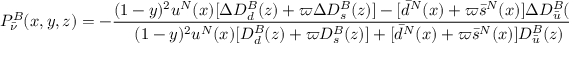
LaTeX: P _ { \bar { \nu } } ^ { B } ( x , y , z ) = - \frac { ( 1 - y ) ^ { 2 } u ^ { N } ( x ) [ \Delta D _ { d } ^ { B } ( z ) + \varpi \Delta D _ { s } ^ { B } ( z ) ] - [ \bar { d } ^ { N } ( x ) + \varpi \bar { s } ^ { N } ( x ) ] \Delta D _ { \bar { u } } ^ { B } ( z ) } { ( 1 - y ) ^ { 2 } u ^ { N } ( x ) [ D _ { d } ^ { B } ( z ) + \varpi D _ { s } ^ { B } ( z ) ] + [ \bar { d } ^ { N } ( x ) + \varpi \bar { s } ^ { N } ( x ) ] D _ { \bar { u } } ^ { B } ( z ) } ~ ,